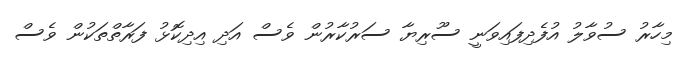
މިހާރު ސުވާލު އުފެދިފައިވަނީ ސޫރިޔާ ސަރުކާރުން ވެސް އަދި އިދިކޮޅު ފަރާތްތަކުން ވެސް